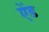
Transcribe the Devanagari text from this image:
एेंड